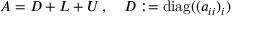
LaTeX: A = D + L + U \, , \quad D : = { \mathrm { d i a g } } ( ( a _ { i i } ) _ { i } )